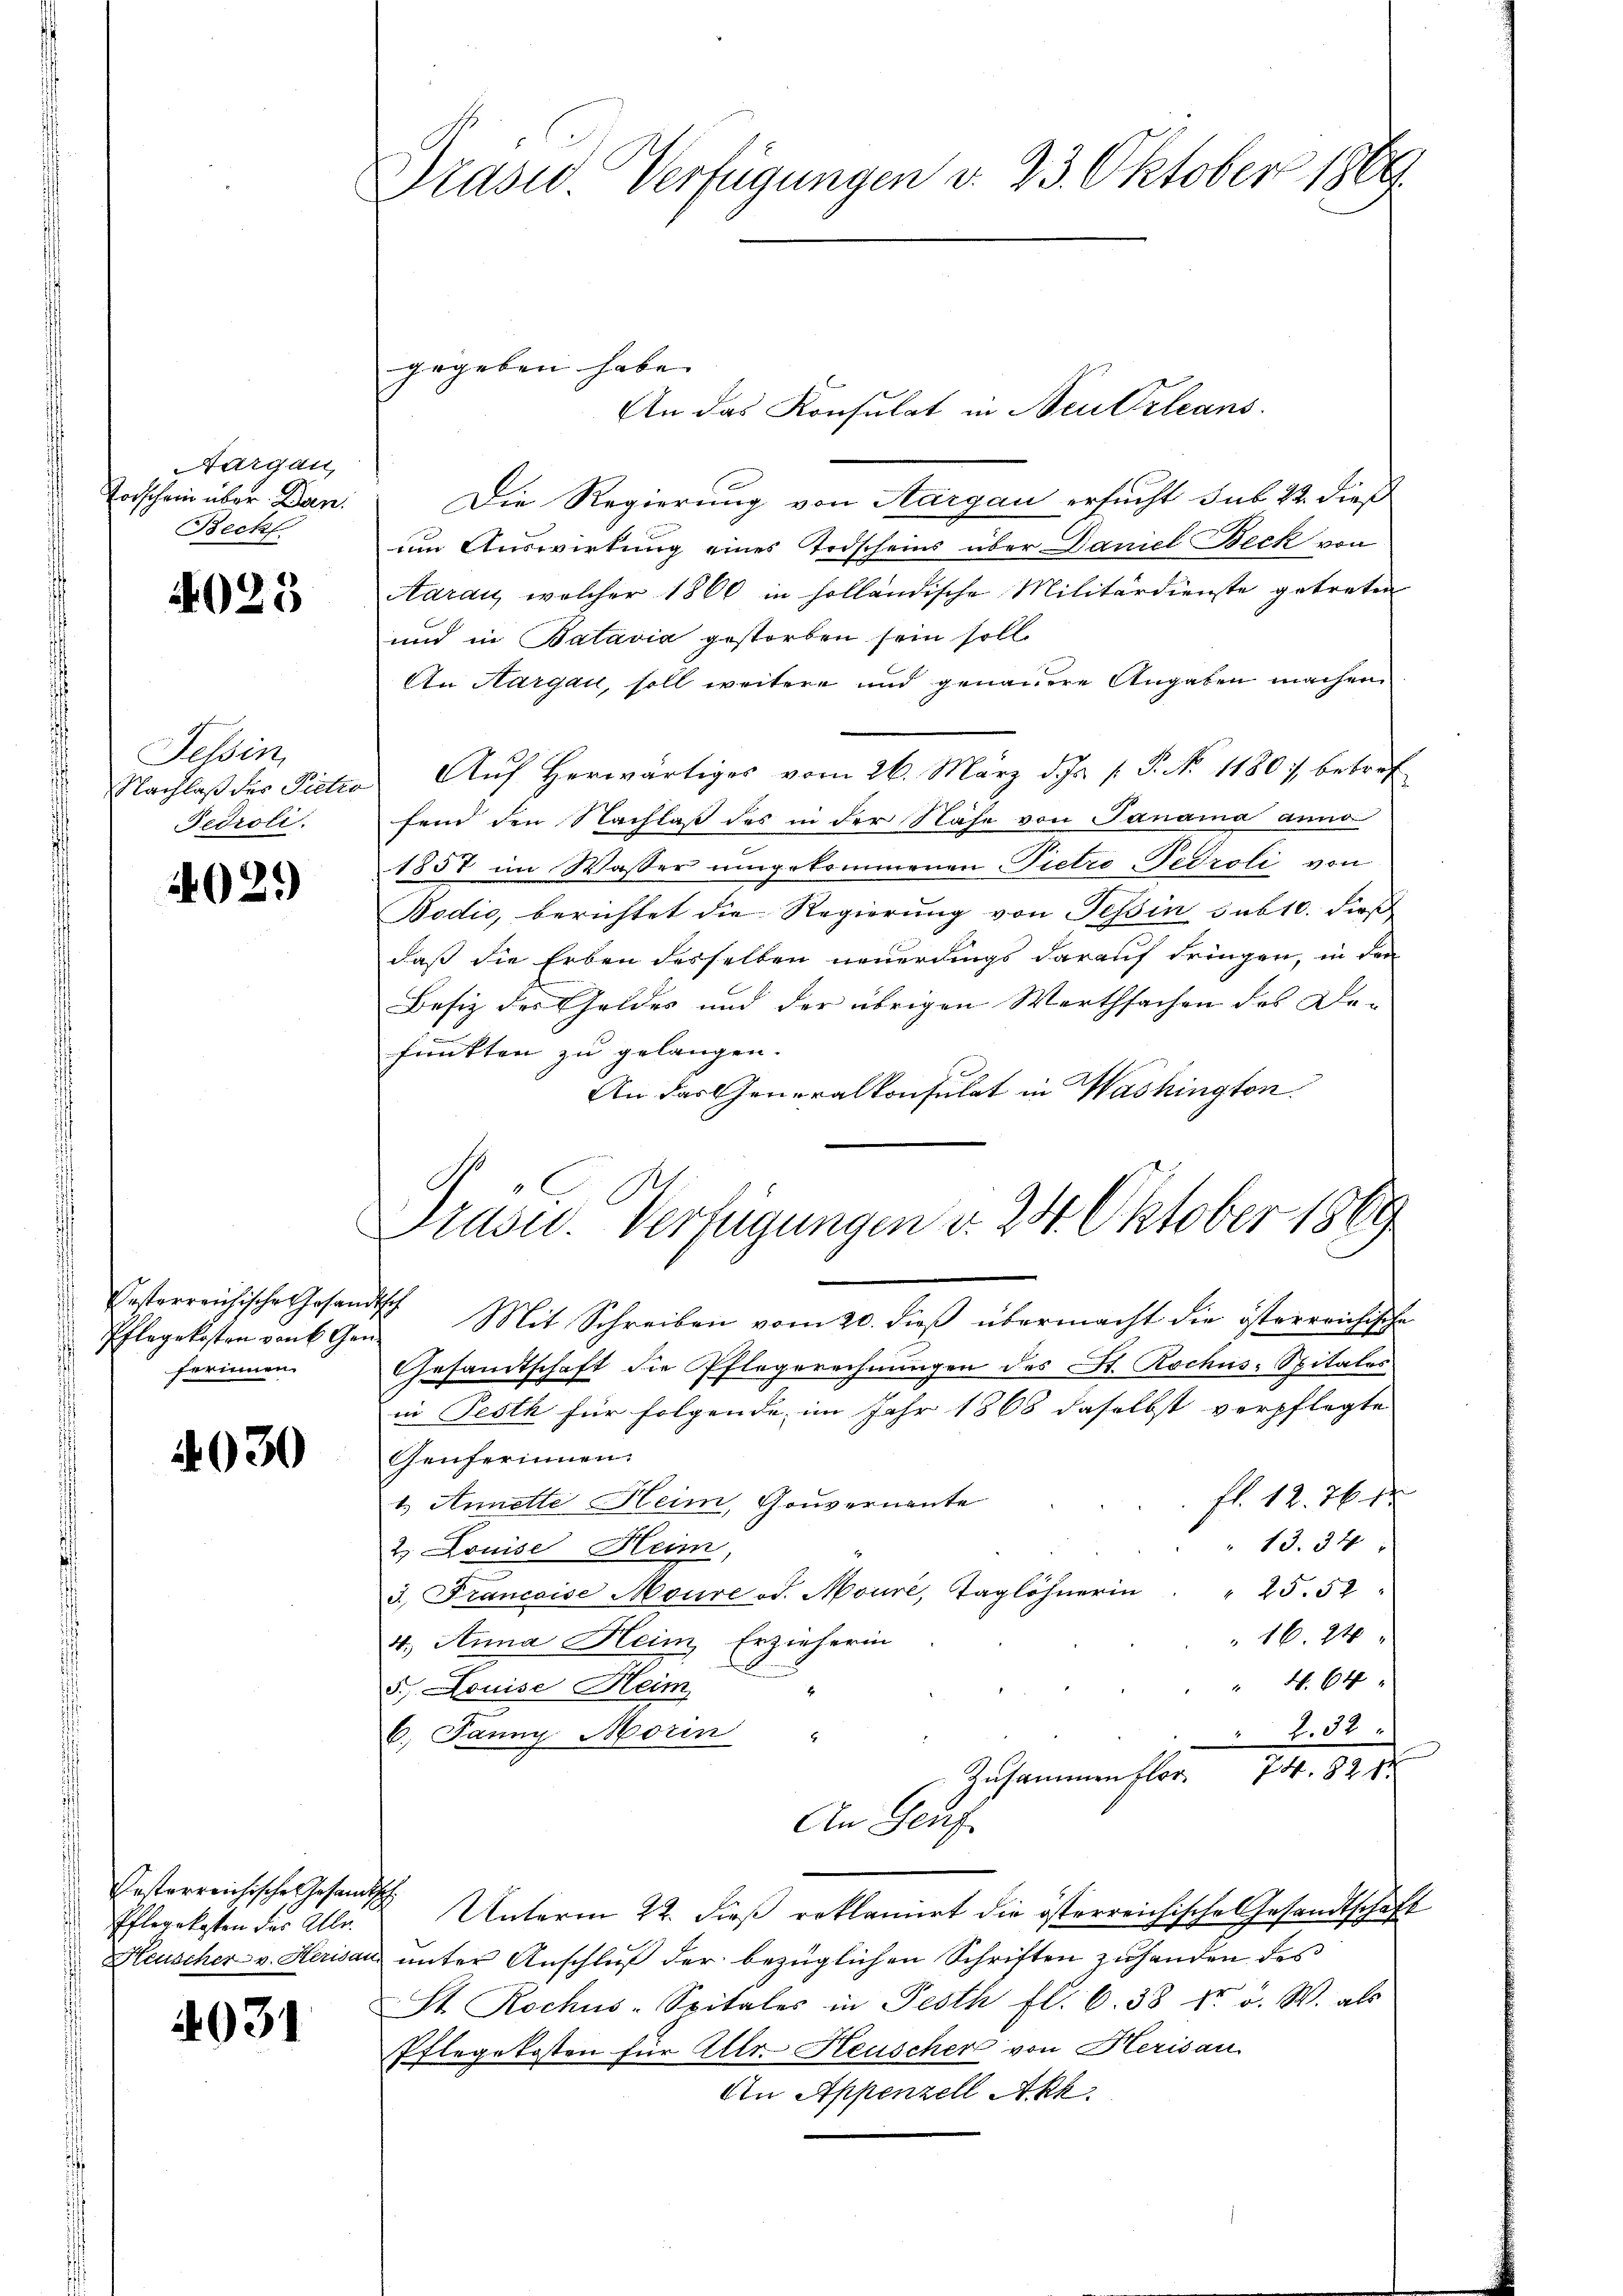
Aargau,
Vorschein über Dan
Becht

4023

Tessin,
Nachlaß der Pietri
Fedroli

4029

festerreichische Gesam
Pflegekosten von 6 Geferinnen.

4930

Posterreichische Gesand
Pflegekosten des Alle
Stillscher v. Herisar

4031

Prase Verfügungen d. 23. Oktober 1869.

An das Konsulat in Neu Orleans
Die Regierung von Aargau ersucht sub 22. dieß
um Auswirkung eines Todscheins über Daniel Beck von
Aarau, welcher 1860 in solländische Militärdienste getreten
und in Batavia gestorben sein soll.
An Aargau, soll weitere und genauere Angaben machen
Aŭf herwärtiges vom 26. März d. Js. [ P. No 1180 betref
fend den Nachlaß des in der Nähe von Janama anno
1857 im Wasser umgekommenen Pietro-Pedroli von
Bodić, berichtet die Regierung von Tessin sub 10. dieß
daß die Erben desselben neuerdings darauf dringen, in den
Besiz des Geldes und der übrigen Werthsachen des Defunkten zu gelangen.
An das Generalkonsulat in Washington
C

gegeben habe. |

Prase. Verfügungen d. 24. Oktober 1869
d Mit Schreiben vom 20. dieβ übermacht die österreichische

Gesandtschaft die Pflegerechnungen des St. Rochus-Spitales
in Pesth für folgende im Jahr 1868 daselbst verpflegte
Genferinnen.
 fl. 12. 76. 12
1.) Annelle Heim, Gouvernante
13. 34
2. Louise Heim,
3. Francoise Maure od. Mouré, Taglöhnerin " 25. 52
16. 24
4.) Anna Heim Erzieherin
" 4. 64
5. Louise Heim
234
6. Jänny Morin "
Zusammen flor 74. 821
An Genf
th
Unterm 22. dieß reklamirt die österreichische Gesandtschaft
 unter Anschluß der bezüglichen Schriften zuhanden des
St. Rochus-Spitales in Festh fl. 6. 38 kr a. W. als
Pflegekosten für Allr- Heuscher von Herisau
An Appenzell Akk